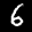
Label: 6